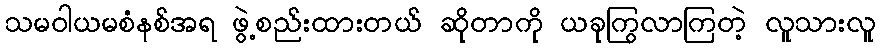
သမဝါယမစံနစ်အရ ဖွဲ့စည်းထားတယ် ဆိုတာကို ယခုကြွလာကြတဲ့ လူသားလူ